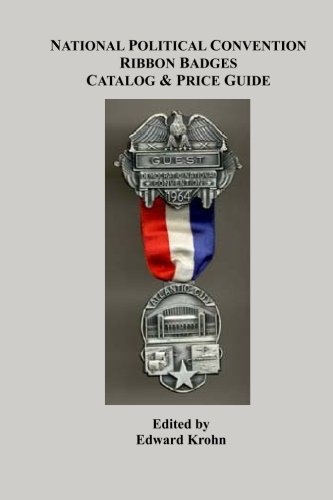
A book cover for National Political Convention Ribbon Badges Catalog & Price Guide; Edward Krohn; Crafts, Hobbies & Home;